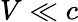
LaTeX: V\ll c